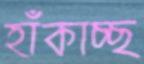
হাঁকাচ্ছ